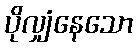
ပိုလျှံနေသော